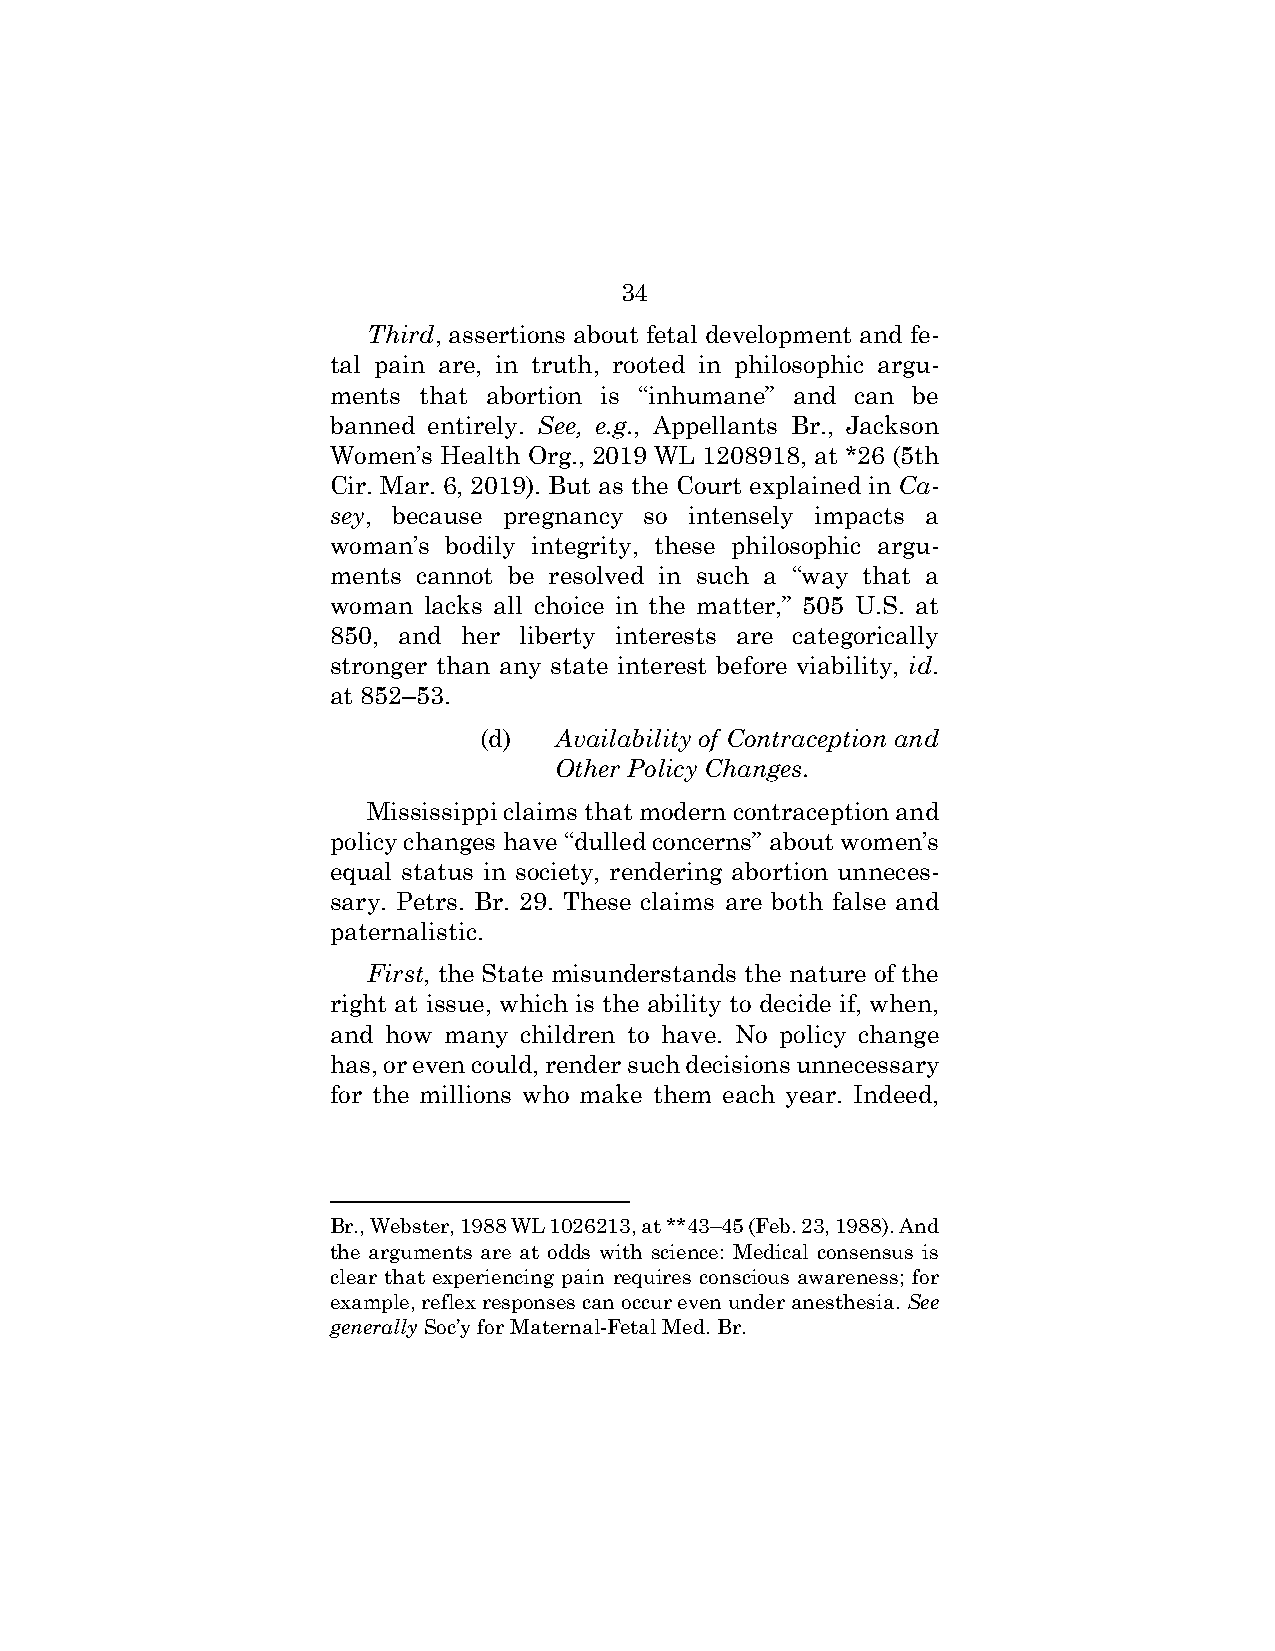
34
 Third, assertions about fetal development and fe-
 tal pain are, in truth, rooted in philosophic argu-
 ments that abortion is “inhumane” and can be
 banned entirely. See, e.g., Appellants Br., Jackson
 Women’s Health Org., 2019 WL 1208918, at *26 (5th
 Cir. Mar. 6, 2019). But as the Court explained in Ca-
 sey, because pregnancy so intensely impacts a
 woman’s bodily integrity, these philosophic argu-
 ments cannot be resolved in such a “way that a
 woman lacks all choice in the matter,” 505 U.S. at
 850, and her liberty interests are categorically
 stronger than any state interest before viability, id.
 at 852–53.
 (d)  Availability of Contraception and
 Other Policy Changes.
 Mississippi claims that modern contraception and
 policy changes have “dulled concerns” about women’s
 equal status in society, rendering abortion unneces-
 sary. Petrs. Br. 29. These claims are both false and
 paternalistic.
 First, the State misunderstands the nature of the
 right at issue, which is the ability to decide if, when,
 and how many children to have. No policy change
 has, or even could, render such decisions unnecessary
 for the millions who make them each year. Indeed,
 Br., Webster, 1988 WL 1026213, at **43–45 (Feb. 23, 1988). And
 the arguments are at odds with science: Medical consensus is
 clear that experiencing pain requires conscious awareness; for
 example, reflex responses can occur even under anesthesia. See
 generally Soc’y for Maternal-Fetal Med. Br.